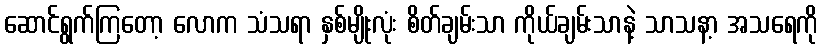
ဆောင်ရွက်ကြတော့ လောက သံသရာ နှစ်မျိုးလုံး စိတ်ချမ်းသာ ကိုယ်ချမ်းသာနဲ့ သာသနာ့ အသရေကို